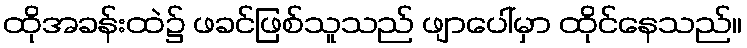
ထိုအခန်းထဲ၌ ဖခင်ဖြစ်သူသည် ဖျာပေါ်မှာ ထိုင်နေသည်။